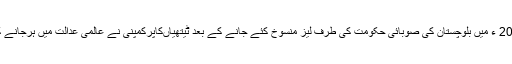
یاد رہے کہ 2012 ء میں بلوچستان کی صوبائی حکومت کی طرف لیز منسوخ کئے جانے کے بعد ٹیتھیاںکاپرکمپنی نے عالمی عدالت میں ہرجانے کا دعوی کیا تھا۔